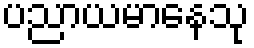
ပညာယမာနေသု